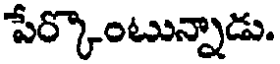
పేర్కొంటున్నాడు.